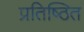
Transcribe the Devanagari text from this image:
प्रतिष्‍िठत